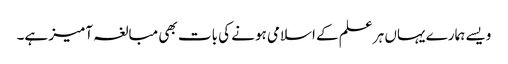
ویسے ہمارے یہاں ہر علم کے اسلامی ہونے کی بات بھی مبالغہ آمیز ہے۔